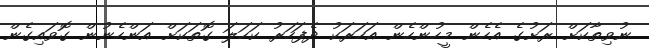
ނުވިތާކަށް ރަށުގެ އެހެން މީހުންހެން އަހަރަކު ދެފަހަރު ކަހަލަ ގޮތަކަށް އަންހެނުން ގޮވައިގެން